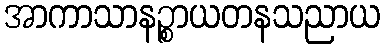
အာကာသာနဉ္စာယတနသညာယ